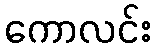
ကောလင်း